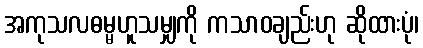
အကုသလဓမ္မဟူသမျှကို ကသာဝချည်းဟု ဆိုထားပုံ၊